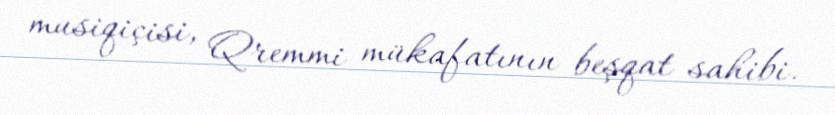
musiqiçisi, Qremmi mükafatının beşqat sahibi.